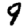
Digit: 9